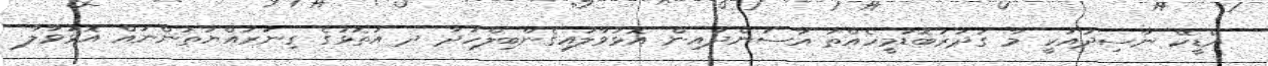
އޭޑީކޭ ނާސިދުއަކީ މާ ގަދަރުބޮޑުމީހެއްތަ އާސަންދައިން އޮޅުވާލައިގެންބިލްހަދާ ދ އަތޮޅުގެ ގިނަރައްޔަތުންނައް އޮޅުވާލާ